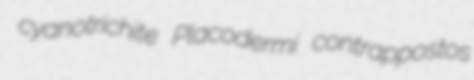
cyanotrichite Placodermi contrappostos